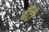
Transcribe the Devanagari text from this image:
बॅंटी